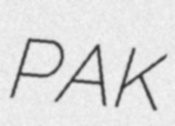
PAK